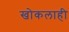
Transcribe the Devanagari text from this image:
खोकलाही